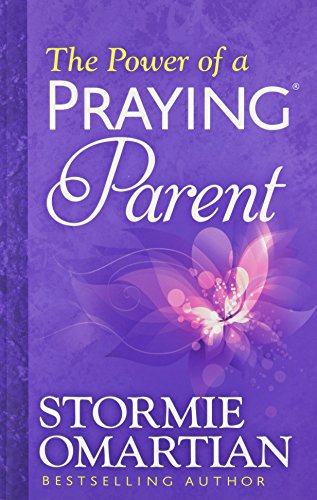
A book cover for The Power of a Praying Parent; Stormie Omartian; Parenting & Relationships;